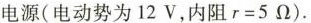
电源(电动势为12V，内阻$$r=5\Omega $$)。